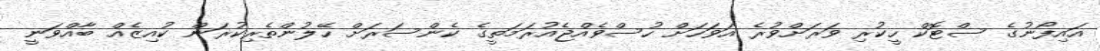
އައިފޯނުގެ ސްޓޮކް ހީކުރި ވަރަށްވުރެ އަވަހަށް ހުސްވެއްޖެއުރަމަތީގެ ކެންސަރަށް ހޭލުންތެރިކުރަން ކުއިޒެއް ބާއްވަނީ